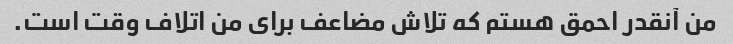
من آنقدر احمق هستم که تلاش مضاعف برای من اتلاف وقت است.